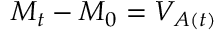
M _ { t } - M _ { 0 } = V _ { A ( t ) }